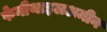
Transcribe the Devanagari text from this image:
फेनीथाइलअमीन